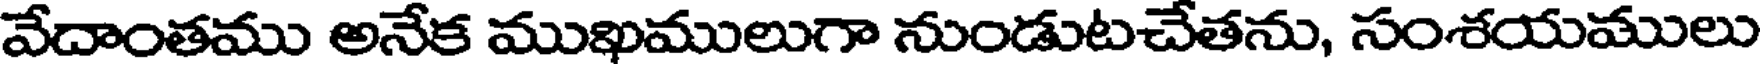
వేదాంతము అనేక ముఖిములుగా నుండుటచేతను, సంశయములు